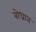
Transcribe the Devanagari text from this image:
बोध्रान